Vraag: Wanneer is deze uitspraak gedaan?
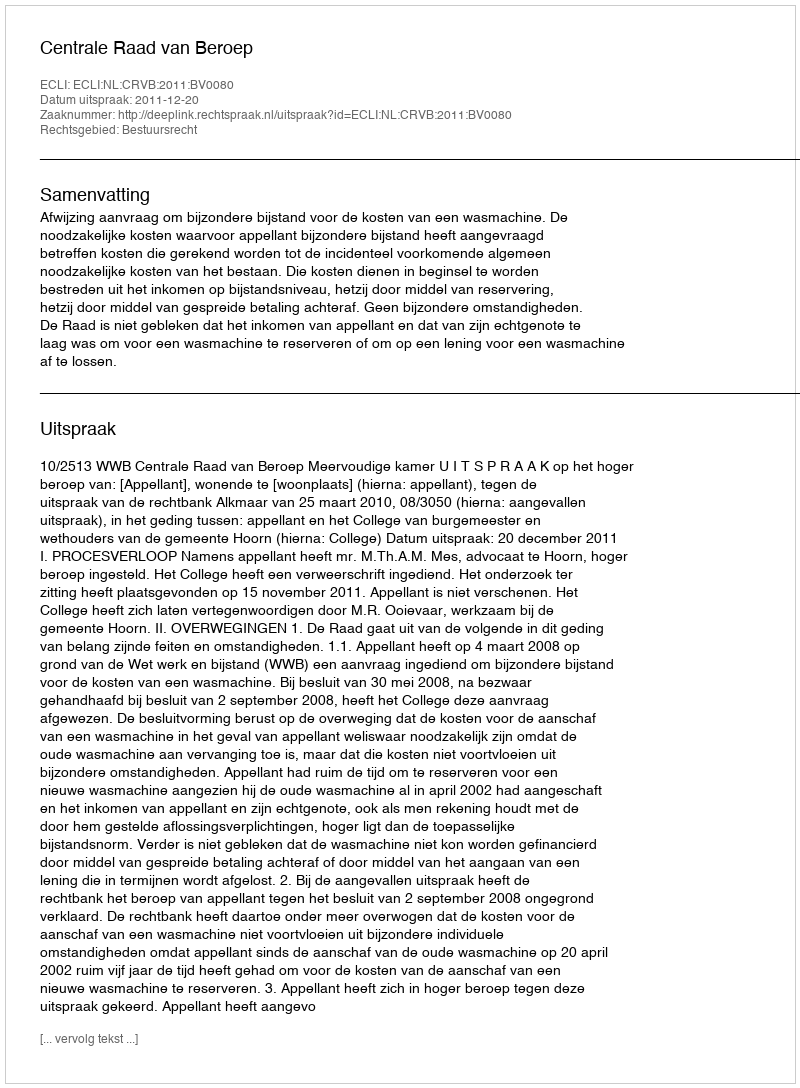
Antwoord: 2011-12-20